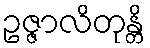
ဥဇ္ဇာလိတုန္တိ